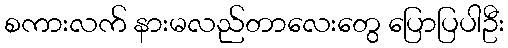
စကားလက် နားမလည်တာလေးတွေ ပြောပြပါဦး